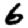
Digit: 6